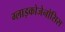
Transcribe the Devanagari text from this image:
ग्लाइकोजेनोसिस